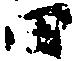
田